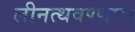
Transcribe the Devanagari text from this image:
लीनत्थवण्णणा